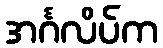
အင်္ဂလိပ်က